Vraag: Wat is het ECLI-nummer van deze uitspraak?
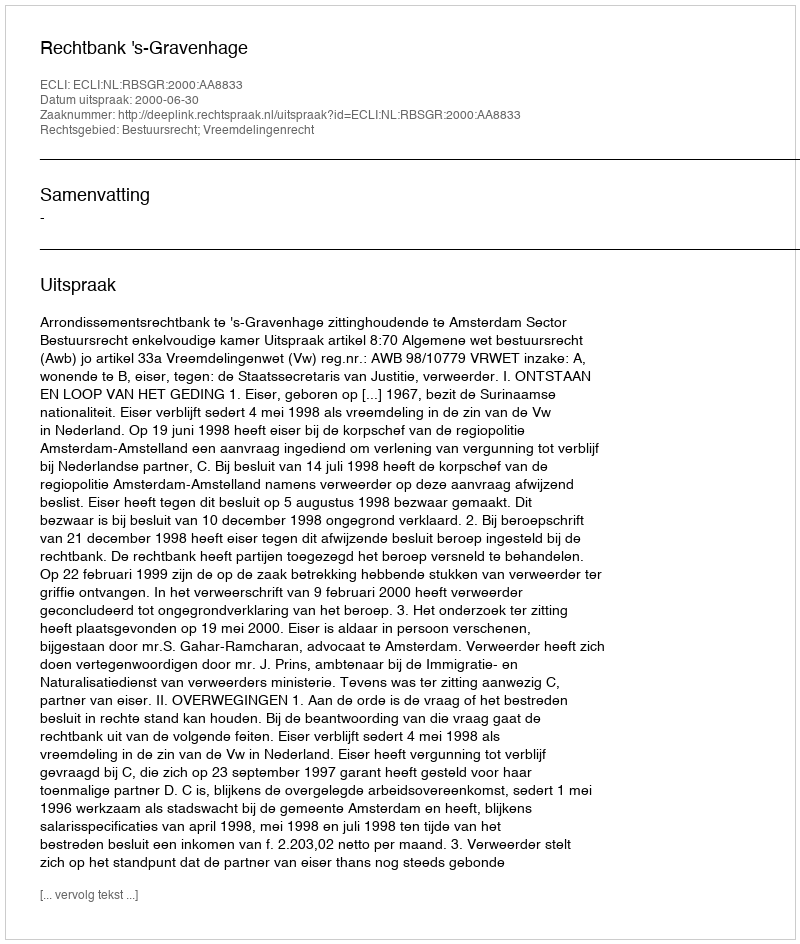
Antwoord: ECLI:NL:RBSGR:2000:AA8833